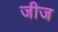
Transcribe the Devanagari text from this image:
जीज